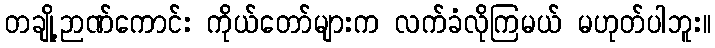
တချို့ဉာဏ်ကောင်း ကိုယ်တော်များက လက်ခံလိုကြမယ် မဟုတ်ပါဘူး။